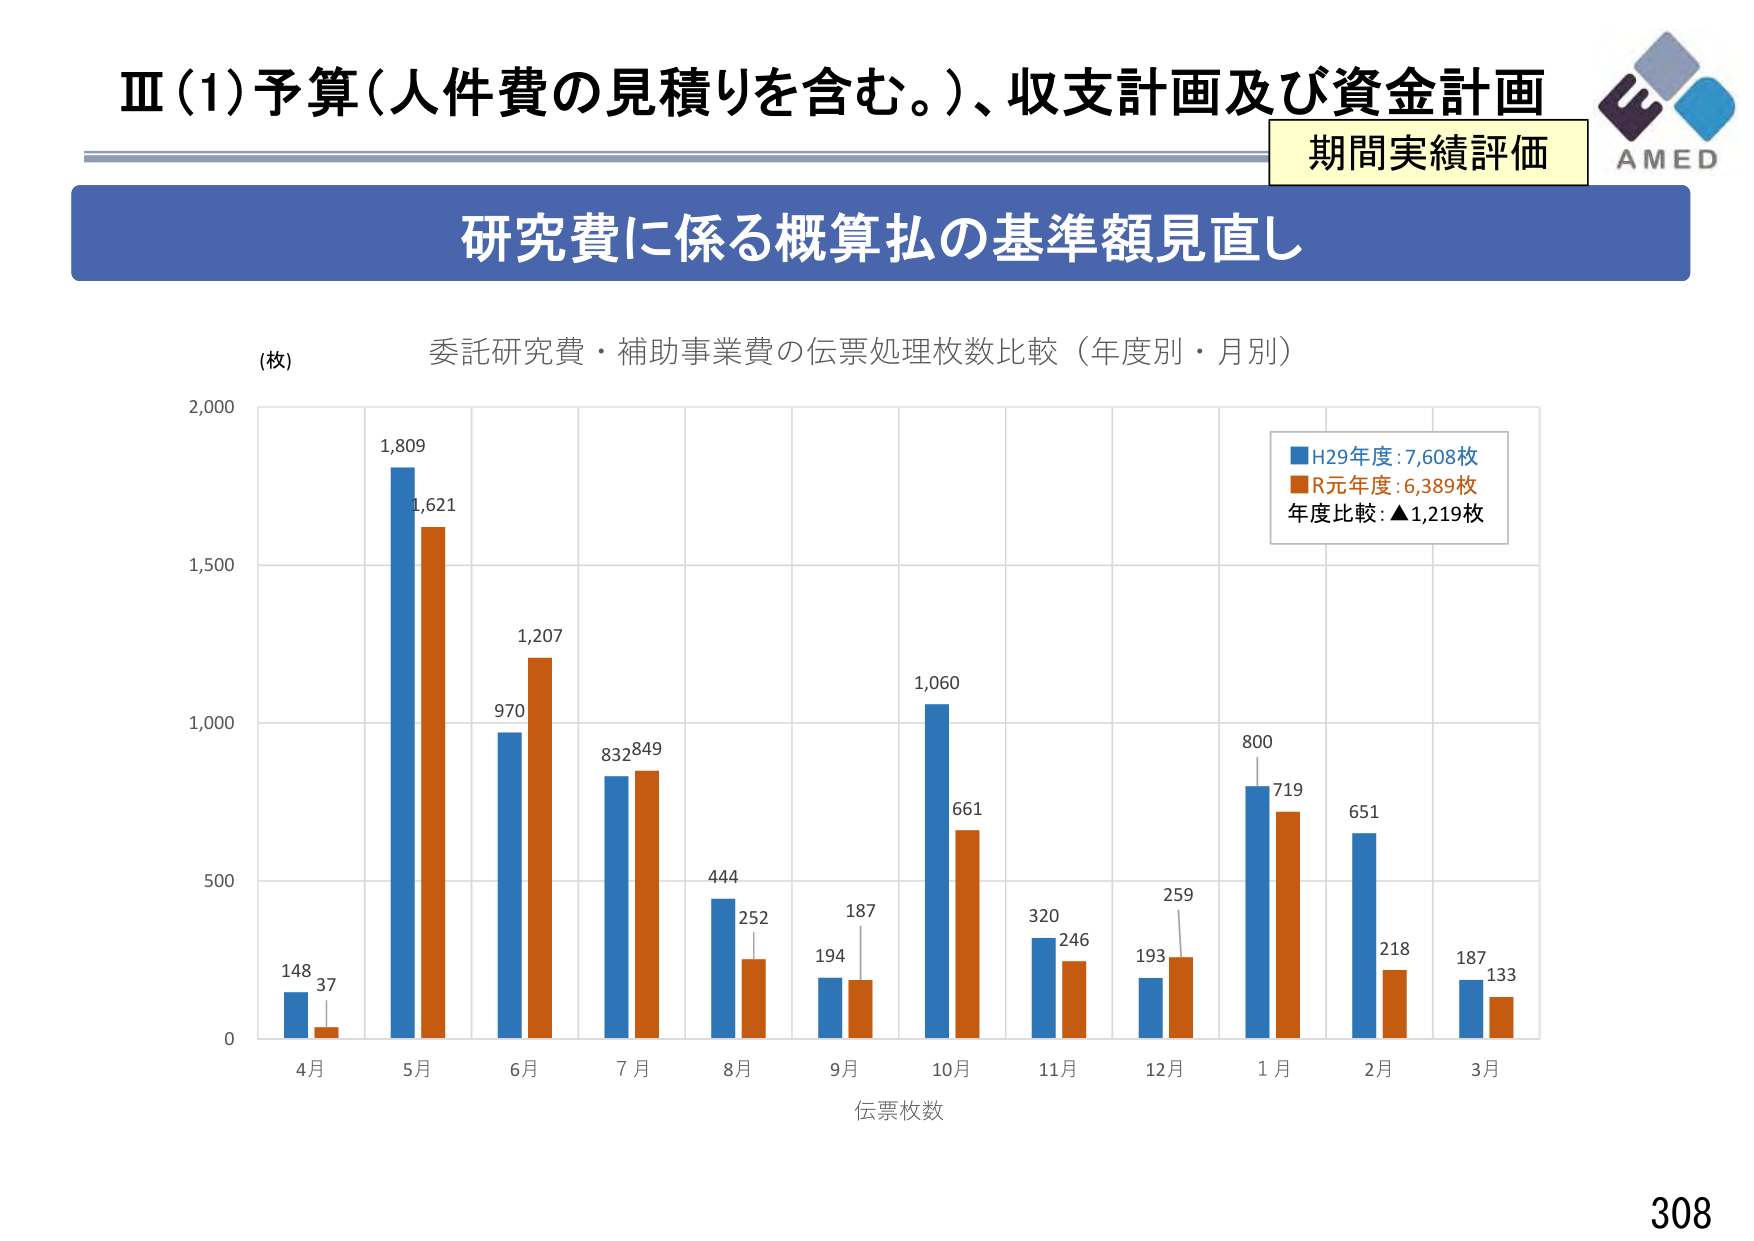
Ⅲ(1)予算（人件費の見積りを含む。）、収支計画及び資金計画
期間実績評価
AMED
研究費に係る概算払の基準額見直し
(枚)
委託研究費・補助事業費の伝票処理枚数比較（年度別・月別）
H29年度:7,608枚
R元年度:6,389枚
年度比較:▲1,219枚
2,000
1,809
1,621
1,500
1,207
970
832
849
1,060
661
800
719
651
218
187
133
500
148
37
444
252
194
187
320
246
193
259
0
4月
5月
6月
7月
8月
9月
10月
11月
12月
1月
2月
3月
伝票枚数
308